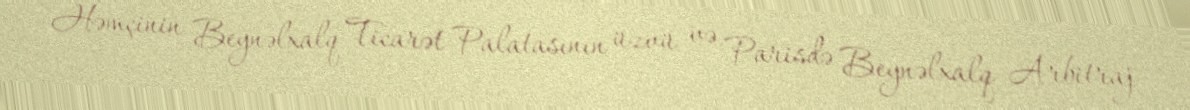
Həmçinin Beynəlxalq Ticarət Palatasının üzvü və Parisdə Beynəlxalq Arbitraj